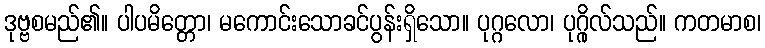
ဒုဗ္ဗစမည်၏။ ပါပမိတ္တော၊ မကောင်းသောခင်ပွန်းရှိသော။ ပုဂ္ဂလော၊ ပုဂ္ဂိုလ်သည်။ ကတမာစ၊